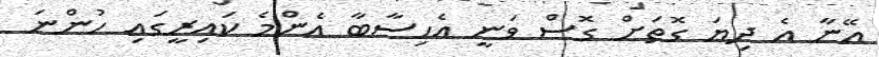
އޭނާ އެ ދިޔަ ގޮތަށް ގޮސް ވަނީ އެހިސާބާ އެންމެ ކައިރީގައި ހުންނަ